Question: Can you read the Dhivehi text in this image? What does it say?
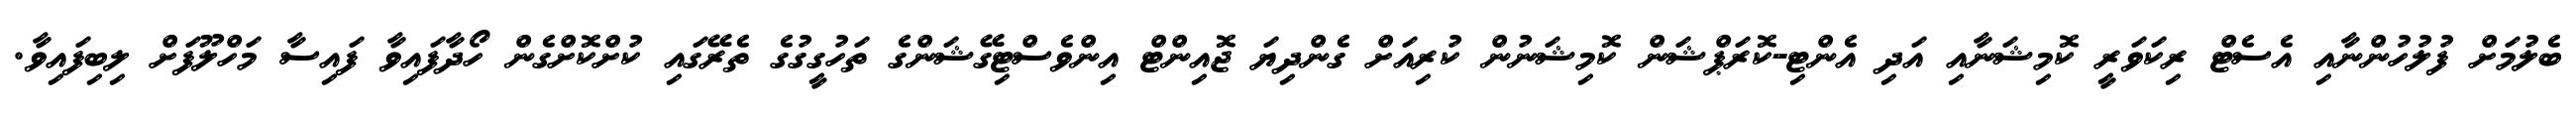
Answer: ބެލުމަށް ފުލުހުންނާއި އެސެޓް ރިކަވަރީ ކޮމިޝަނާއި އަދި އެންޓި-ކޮރަޕްޝަން ކޮމިޝަނުން ކުރިއަށް ގެންދިޔަ ޖޮއިންޓް އިންވެސްޓިގޭޝަންގެ ތަހުގީގުގެ ތެރޭގައި ކުށްކޮށްގެން ހޯދާފައިވާ ފައިސާ މަހްލޫފަށް ލިބިފައިވާ.